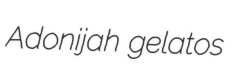
Adonijah gelatos